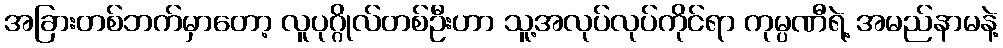
အခြားတစ်ဘက်မှာတော့ လူပုဂ္ဂိုလ်တစ်ဦးဟာ သူ့အလုပ်လုပ်ကိုင်ရာ ကုမ္ပဏီရဲ့ အမည်နာမနဲ့